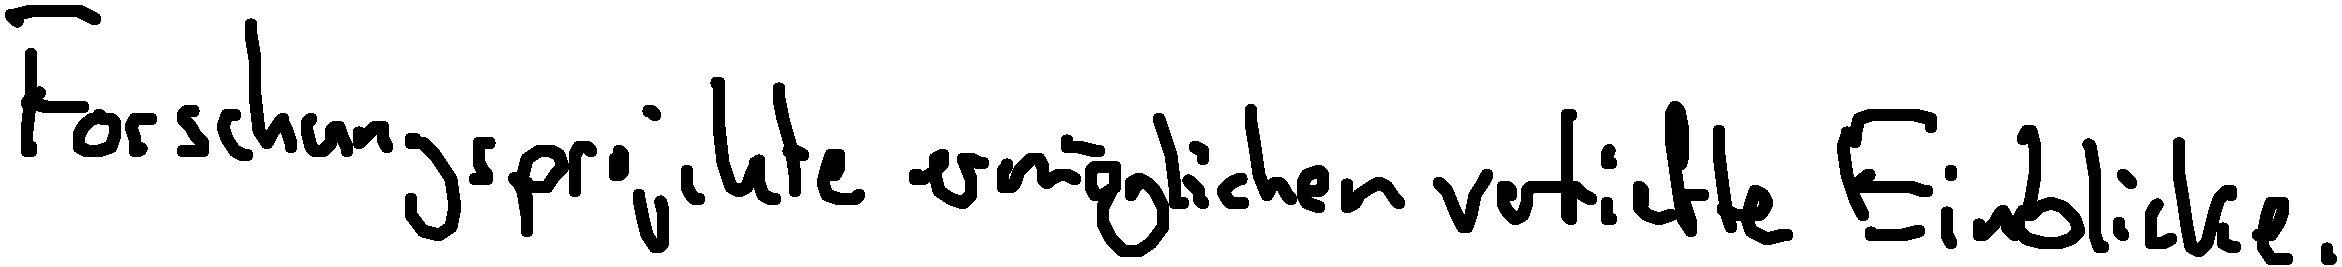
Forschungsprojekte ermöglichen vertiefte Einblicke.